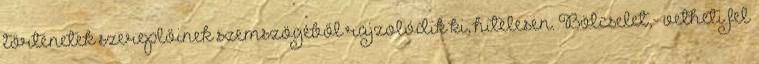
történetek szereplőinek szemszögéből rajzolódik ki, hitelesen. Bölcselet,- vetheti fel